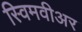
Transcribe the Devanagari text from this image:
स्विमवीअर